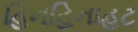
હિનહિનાહટ